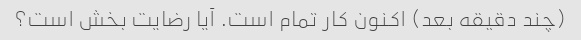
(چند دقیقه بعد) اکنون کار تمام است. آیا رضایت بخش است؟